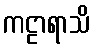
ကဠာရာသိ